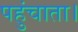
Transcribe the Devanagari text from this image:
पहुंचाता।